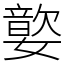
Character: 嬜